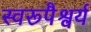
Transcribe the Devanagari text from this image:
स्वरूपैश्वर्य